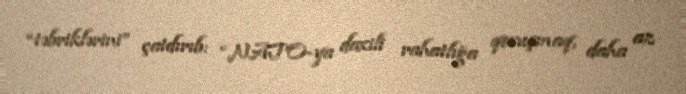
“təbriklərini” çatdırıb: “NATO-ya daxili rahatlığa qovuşmaq, daha az